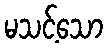
မသင့်သော